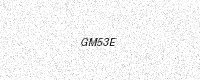
Text: GM53E